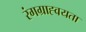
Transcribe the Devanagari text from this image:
रंगग्राह्वयता